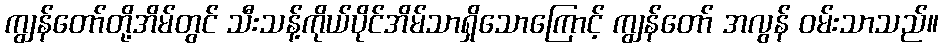
ကျွန်တော်တို့အိမ်တွင် သီးသန့်ကိုယ်ပိုင်အိမ်သာရှိသောကြောင့် ကျွန်တော် အလွန် ဝမ်းသာသည်။